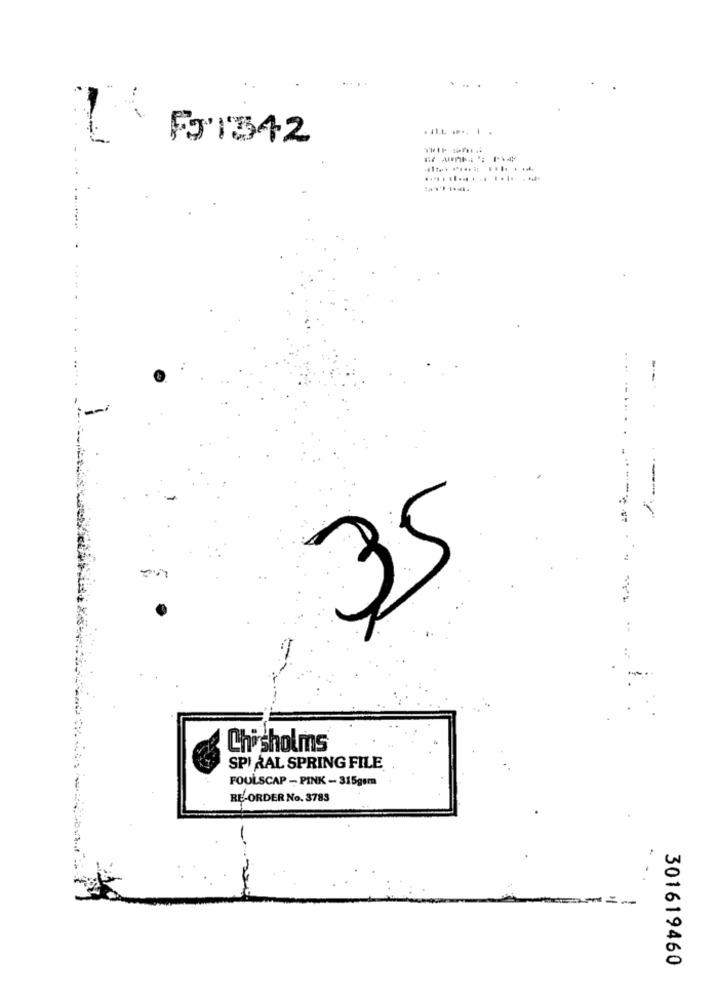
. ..
Fx1342
/
Chisholms
SPI RAL SPRING FILE
FOULSCAP - PINK - 315gem
RE-ORDER No. 3783
-
301619460